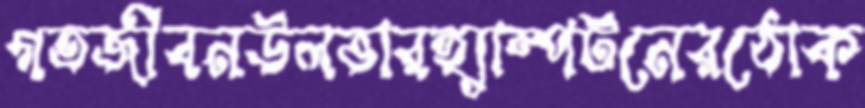
গতজীবনউলভারহ্যাম্পটনেরঠোক